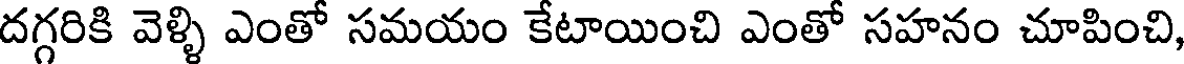
దగ్గరికి వెళ్ళి ఎంతో సమయం కేటాయించి ఎంతో సహనం చూపించి,